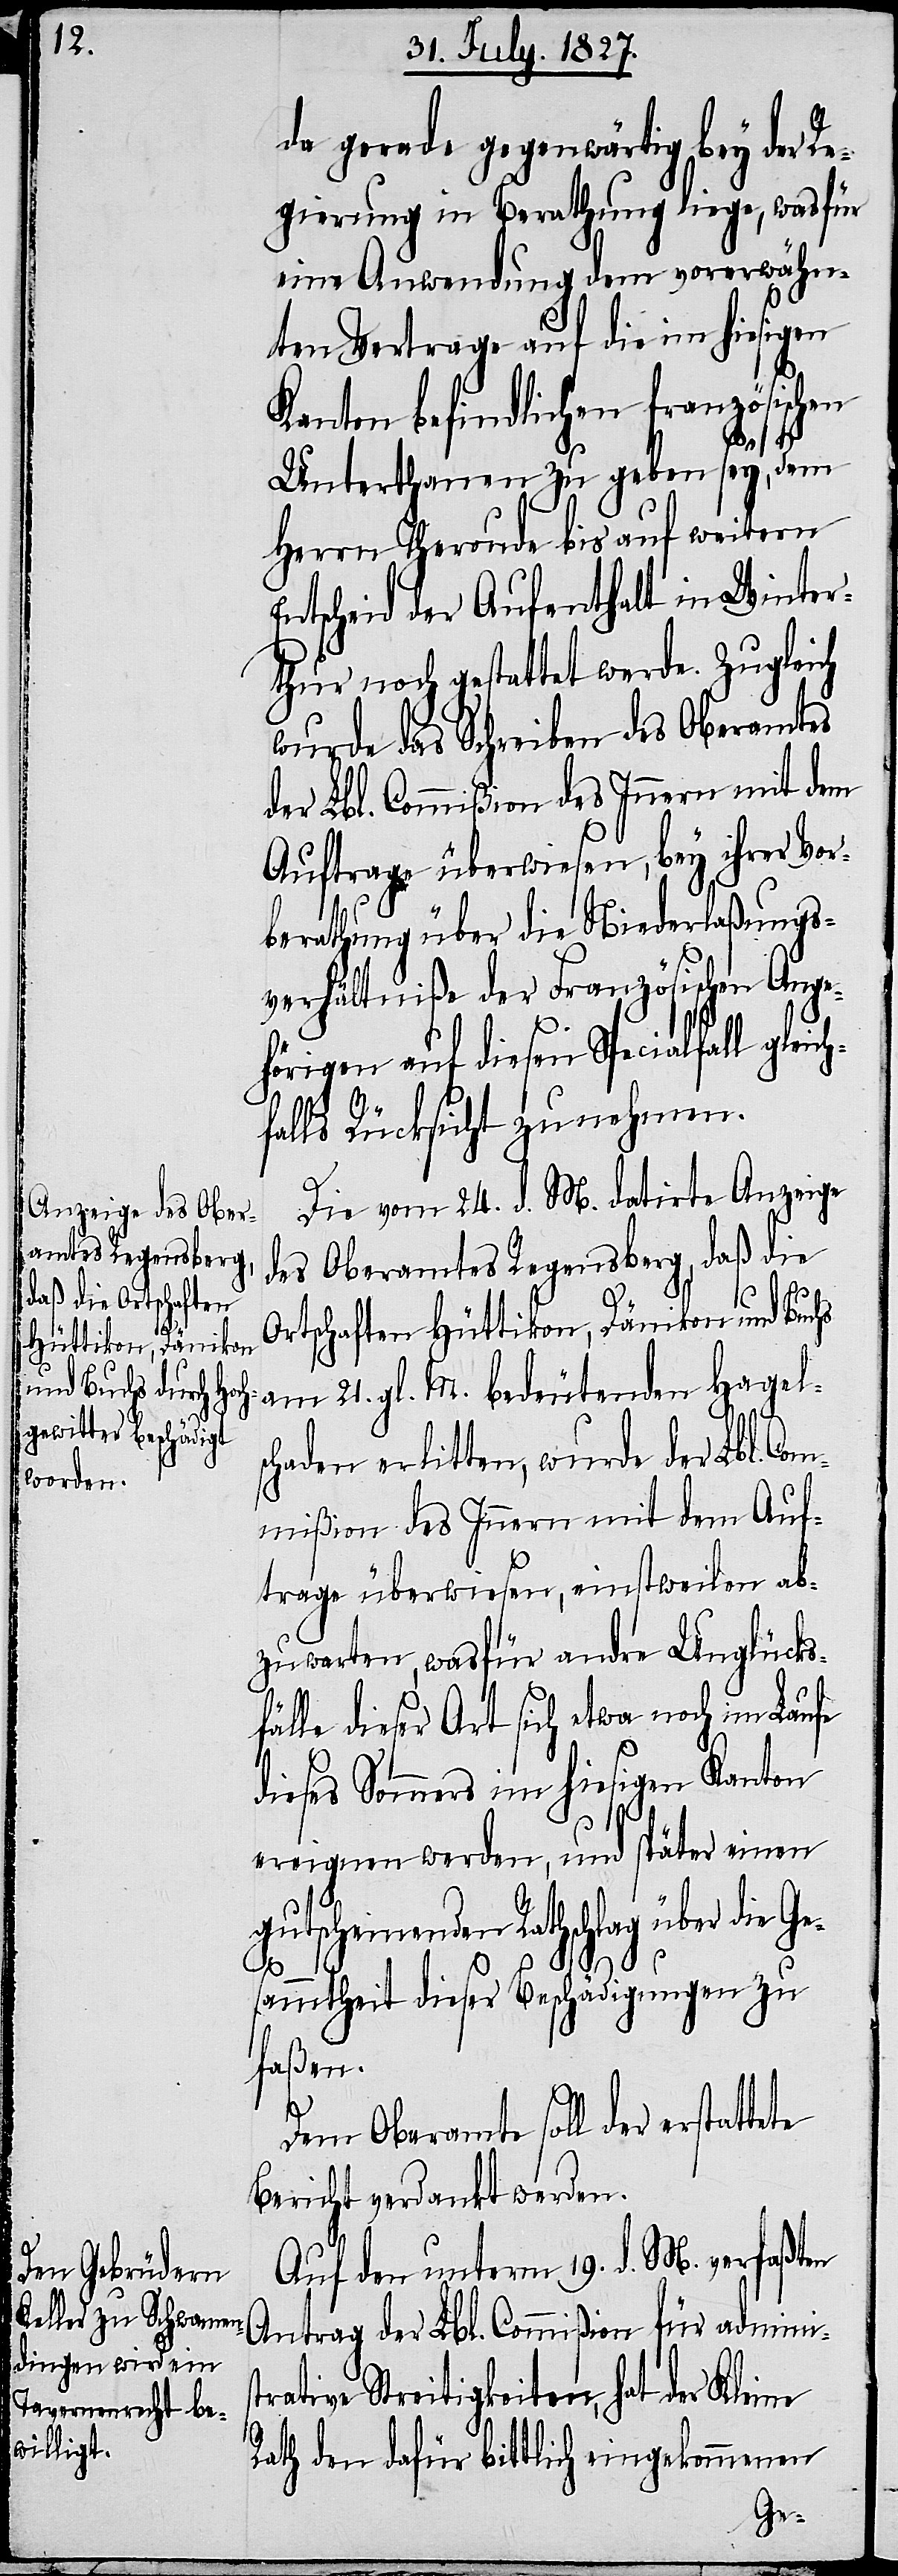
s¬

da gerade gegenwärtig bey der R¬
egierung in Berathung liege, wasfür
eine Anwendung dem vorerwähn¬
ten Vertrage auf die im hiesigen
Kanton befindlichen französischen
Unterthanen zu geben sey, dem
Herrn Theronde bis auf weitern
Entscheid der Aufenthalt in Winter¬
thur noch gestattet werde. Zugleich
wurde das Schreiben des Oberamtes
der Lbl. Commißion des Innern mit dem
Auftrage überwiesen, bey ihrer Vor¬
berathung über die Niederlaßungs¬
verhältniße der Französischen Ange¬
hörigen auf diesen Spezialfall gleich¬
falls Rücksicht zu nehmen.
Die vom 24. d. M. datirte Anzeige
des Oberamtes Regensberg, daß die
Ortschaften Hüttikon, Dänikon und Buchs
am 21. gl. M. bedeutenden Hagels¬
chaden erlitten, wurde der Lbl. Co¬
mmißion des Innern mit dem Auf¬
trage überwiesen, einstweilen ab¬
zuwarten, wasfür andre Unglücks¬
fälle dieser Art sich etwa noch im Laufe
dieses Sommers im hiesigen Kanton
ereignen werden, und später einen
gutscheinenden Rathschlag über die Ge¬
sammtheit dieser Beschädigungen zu
faßen.
Dem Oberamte soll der erstattete
Bericht verdankt werden.
Auf den unterm 19. d. M. verfaßten
Antrag der Lbl. Commißion für admini¬
trative Streitigkeiten, hat der Kleine
Rath den dafür bittlich eingekommenen